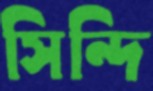
সিন্দি